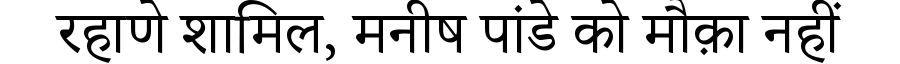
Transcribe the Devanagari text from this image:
रहाणे शामिल, मनीष पांडे को मौक़ा नहीं